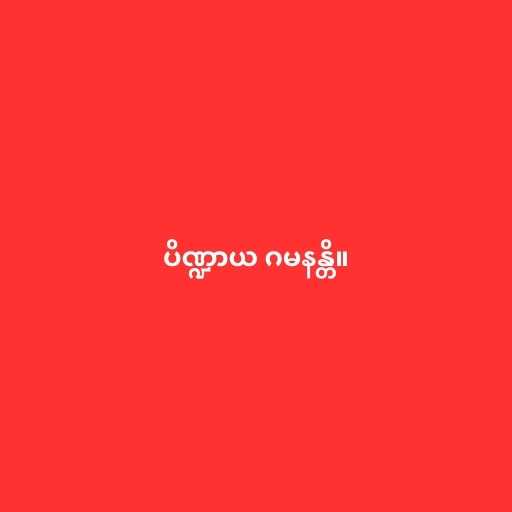
ပိဏ္ဍာယ ဂမနန္တိ။